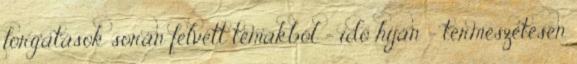
forgatások során felvett témákból – idő híján – természetesen